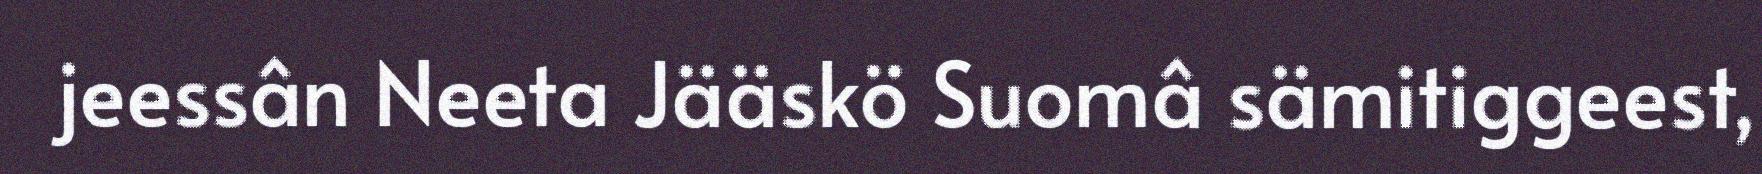
jeessân Neeta Jääskö Suomâ sämitiggeest,